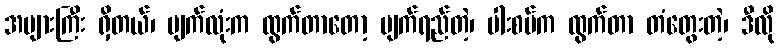
အများကြီး ရှိတယ်၊ မျက်လုံးက ထွက်တာတော့ မျက်ရည်တဲ့၊ ပါးစပ်က ထွက်တာ တံတွေးတဲ့၊ ဒီလို